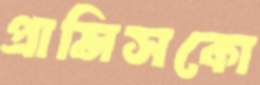
প্রান্সিসকো